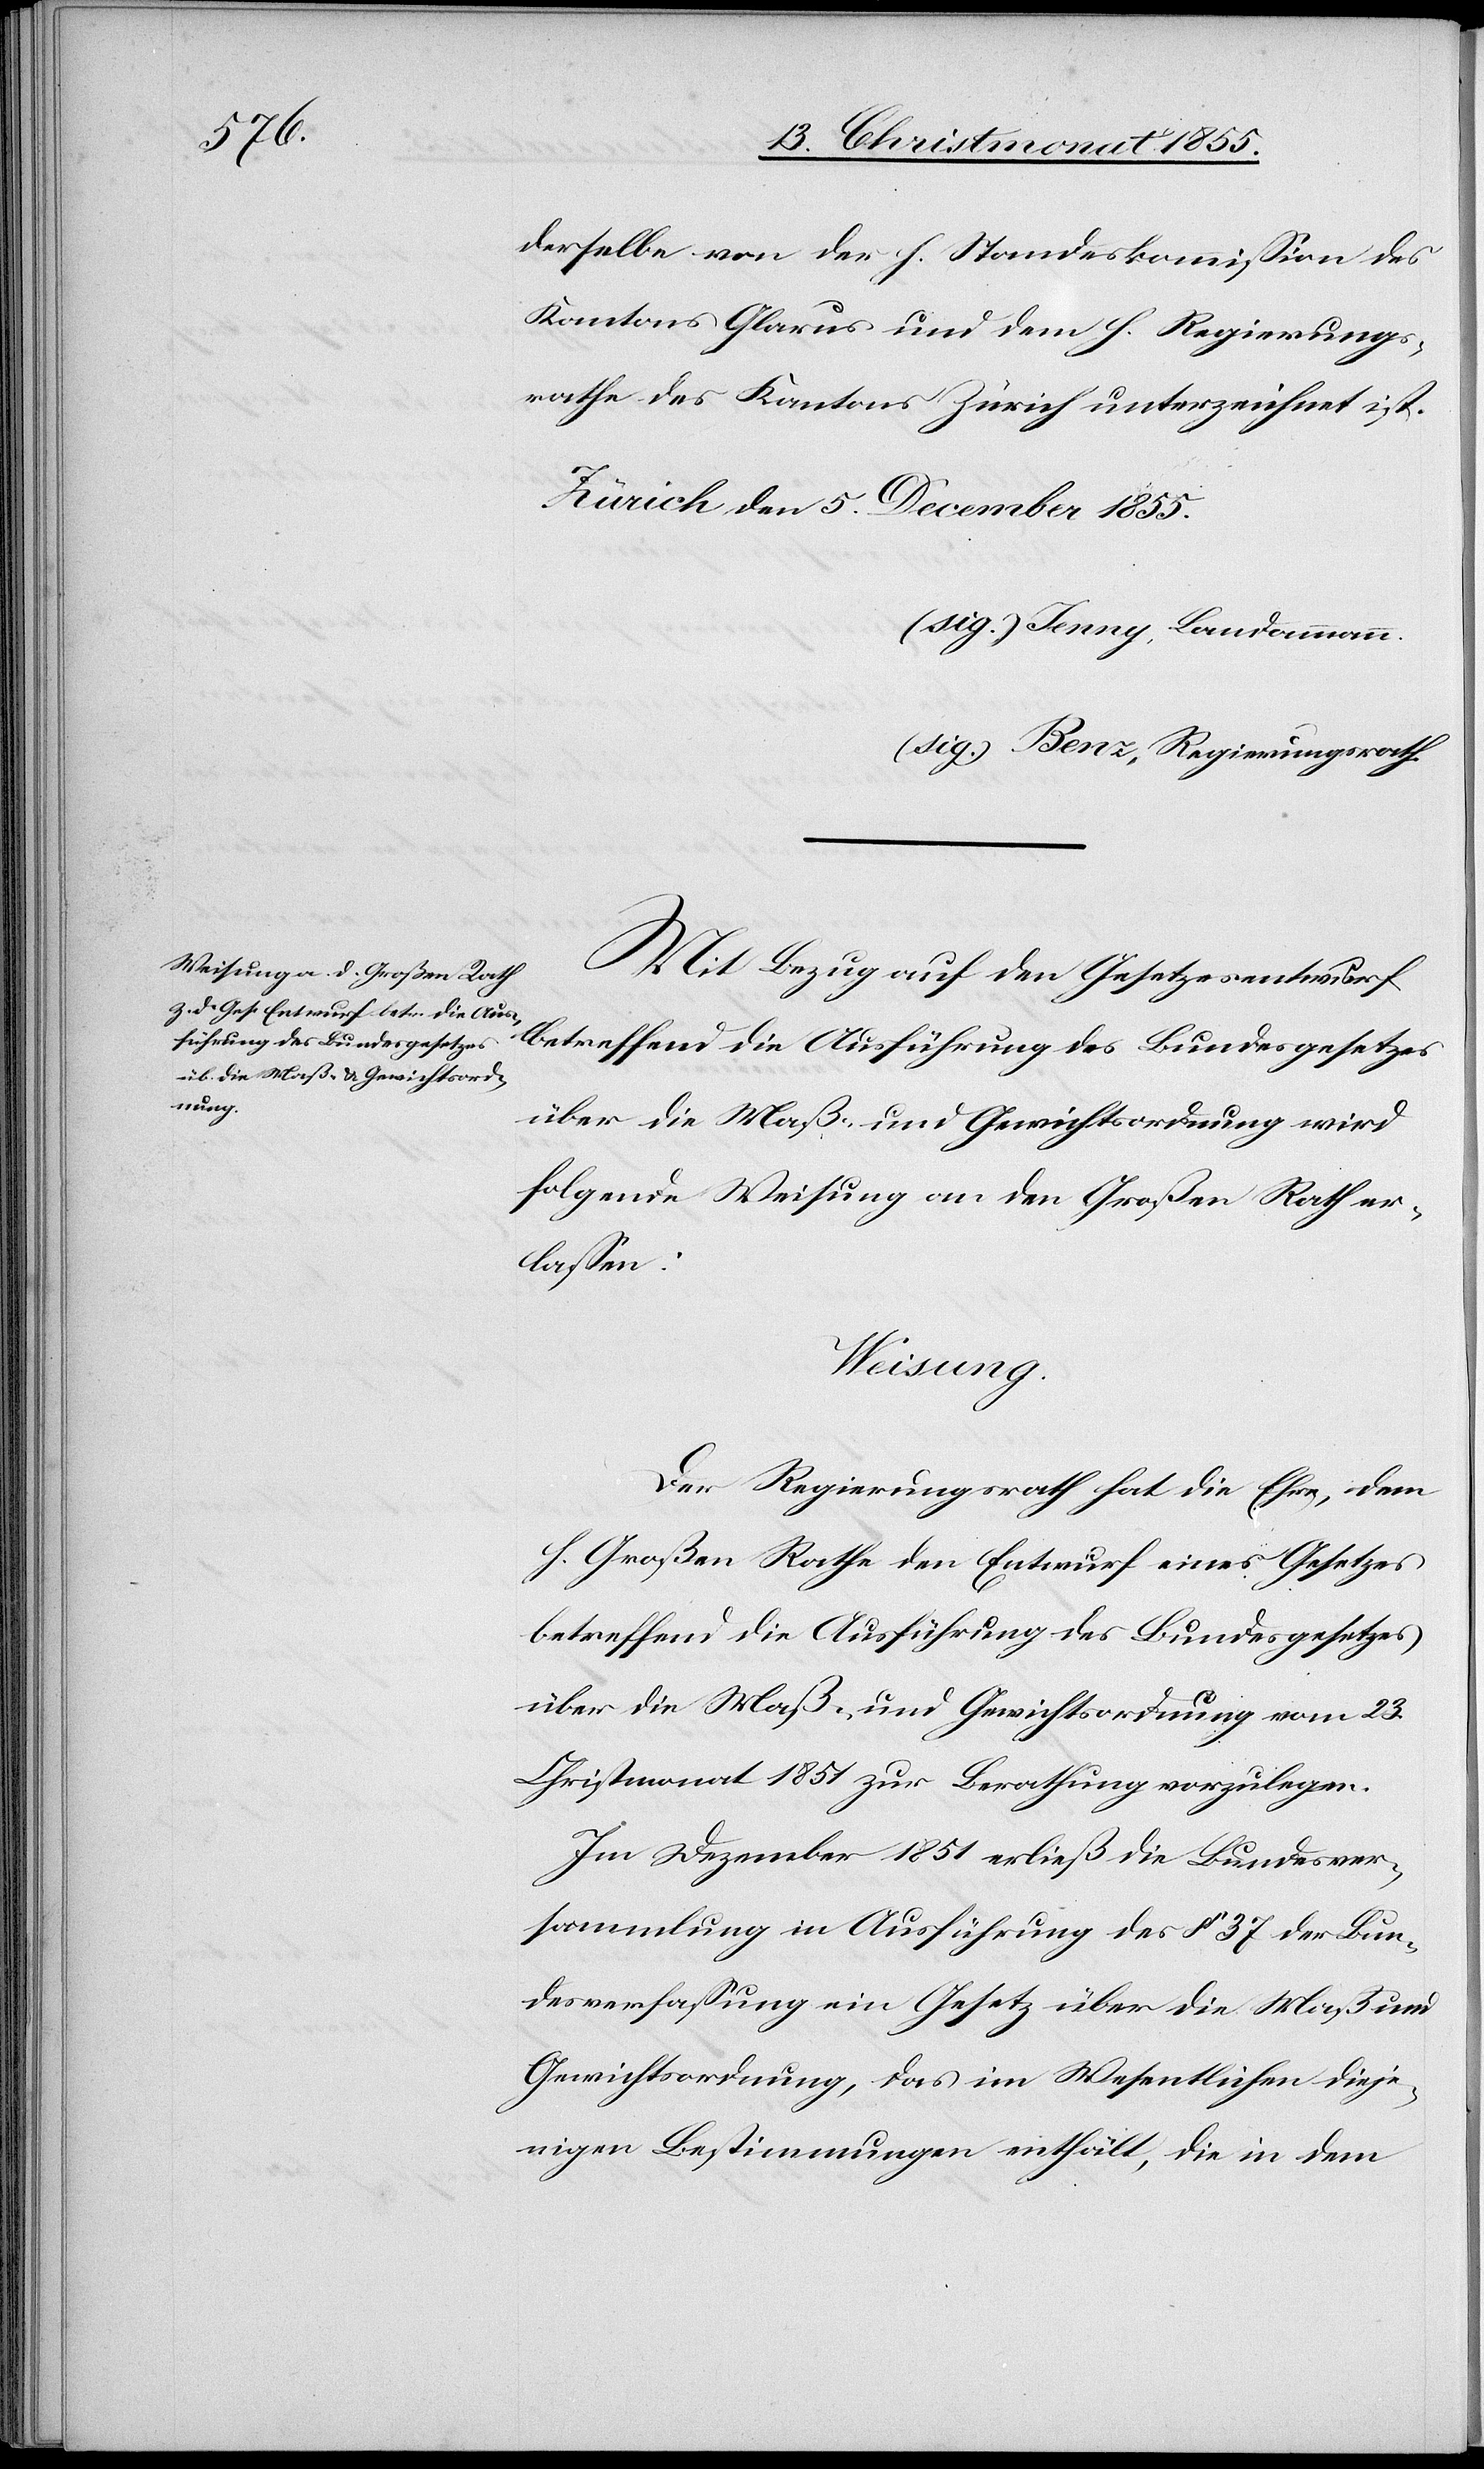
derselbe von der h. Standeskommission des
Kantons Glarus und dem h. Regierungs¬
rathe des Kantons Zürich unterzeichnet ist.
Zürich den 5. December 1855.
(sig.) Jenny, Landammann.
(sig.) Benz, Regierungsrath.
Mit Bezug auf den Gesetzesentwurf
betreffend die Ausführung des Bundesgesetzes
über die Maß- und Gewichtsordnung wird
folgende Weisung an den Großen Rath er¬
lassen:
Weisung.
Der Regierungsrath hat die Ehre, dem
h. Großen Rathe den Entwurf eines Gesetzes
betreffend die Ausführung des Bundesgesetzes
über die Maß- und Gewichtsordnung vom 23.
Christmonat 1851 zur Berathung vorzulegen.
Im Dezember 1851 erließ die Bundesver¬
sammlung in Ausführung des § 37 der Bun¬
desverfassung ein Gesetz über die Maß[-] und
Gewichtsordnung, das im Wesentlichen dieje¬
nigen Bestimmungen enthält, die in dem